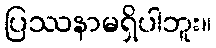
ပြဿနာမရှိပါဘူး။